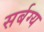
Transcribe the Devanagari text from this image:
सर्बग्य